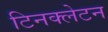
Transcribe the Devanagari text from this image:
टिनक्लेटन